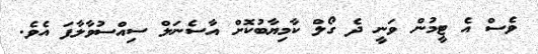
ވެސް އެ ޓީމުން ވަނީ ދެ ގޯލް ކާމިޔާބުކޮށް އާސެނަލް ސިއްސުވާލާފަ އެވެ.